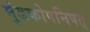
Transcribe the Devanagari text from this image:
मुंडकोपनिषत्